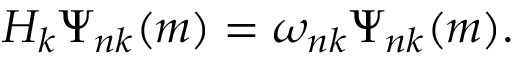
H _ { k } \Psi _ { n k } ( m ) = \omega _ { n k } \Psi _ { n k } ( m ) .